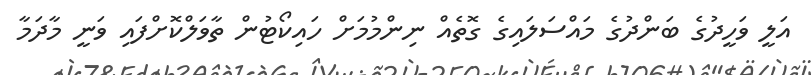
އަލީ ވަހީދުގެ ބަންދުގެ މައްސަލައިގެ ގޮތެެއް ނިންމުމަށް ހައިކޯޓުން ތާވަލްކޮށްފައި ވަނީ މާދަމާ